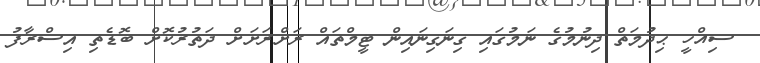
ސިއްހީ ޙިދުމަތް ދިނުމުގެ ނަމުގައި ގިނަގިނައިން ޓީމްތައް ރަށްރަށަށް ދަތުރުކޮށް ބޮޑެތި އިސްރާފު